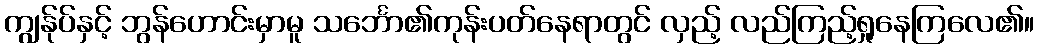
ကျွန်ုပ်နှင့် ဘွန်ဟောင်းမှာမူ သင်္ဘော၏ကုန်းပတ်နေရာတွင် လှည့် လည်ကြည့်ရှုနေကြလေ၏။